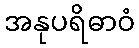
အနုပရိဓာဝံ